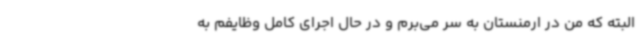
البته که من در ارمنستان به سر می‌برم و در حال اجرای کامل وظایفم به